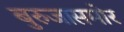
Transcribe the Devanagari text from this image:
बुरुजासमोर